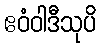
ဧဝံဝါဒီသုပိ